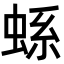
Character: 𧋬